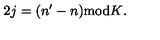
2 j = ( n ^ { \prime } - n ) { } \mathrm { m o d } { } K { } .